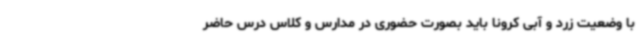
با وضعیت زرد و آبی کرونا باید بصورت حضوری در مدارس و کلاس درس حاضر